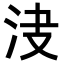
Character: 𣲺